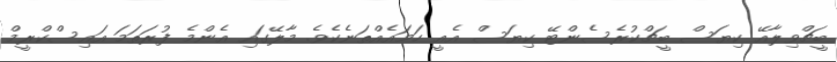
ބީޗްވިލާއޭ ކިޔަސް ބީޗްކުރެސެންޓޭ ކިޔަސް އެއީ ހަމައެއްތަނެކެވެ. މާލޭގައި އެންމެ ފުރަތަމަ އައިސްކްރީމް